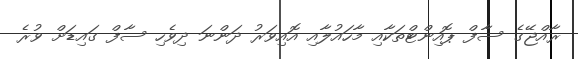
ރާއްޖޭގެ ސާފް ޕޮއިންޓްތަކާއި މާހައުލާއި އޮއިވަރު ދަންނަ ދިވެހި ސާފް ގައިޑަށް ވުރެ